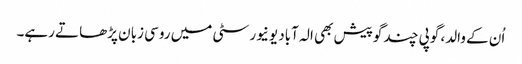
اُن کے والد، گوپی چند گوپیش بھی الہ آباد یونیورسٹی میں روسی زبان پڑھاتے رہے۔